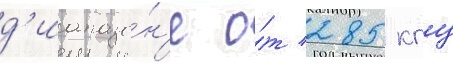
д'иапазо́н'е о́т 285 кгц